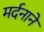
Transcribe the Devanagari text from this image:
मर्दनाने